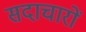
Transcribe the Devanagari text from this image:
सदाचारों